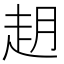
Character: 𬦈